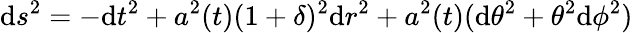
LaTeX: \mathrm{d}s^{2}=-\mathrm{d}t^{2}+a^{2}(t)(1+\delta)^{2}\mathrm{d}r^{2}+a^{2}(t)(\mathrm{d}\theta^{2}+\theta^{2}\mathrm{d}\phi^{2})